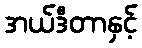
အယ်ဒီတာနှင့်